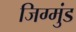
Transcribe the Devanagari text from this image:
जिग्मुंड